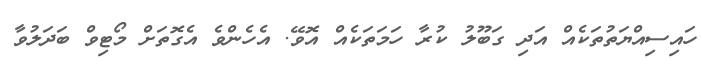
ހައިސިއްޔަތުތަކެއް އަދި ގަބޫލު ކުރާ ހަމަތަކެއް އޮވޭ. އެހެންވެ އެގޮތަށް މޯޓިވް ބަދަލުވާ